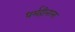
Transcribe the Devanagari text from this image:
धर्महीनाला